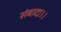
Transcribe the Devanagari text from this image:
संबादा।।